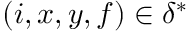
( i , x , y , f ) \in \delta ^ { * }